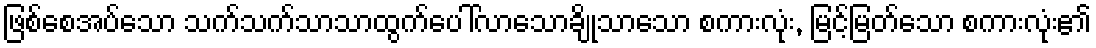
ဖြစ်စေအပ်သော သက်သက်သာသာထွက်ပေါ်လာသောချိုသာသော စကားလုံး, မြင့်မြတ်သော စကားလုံး၏